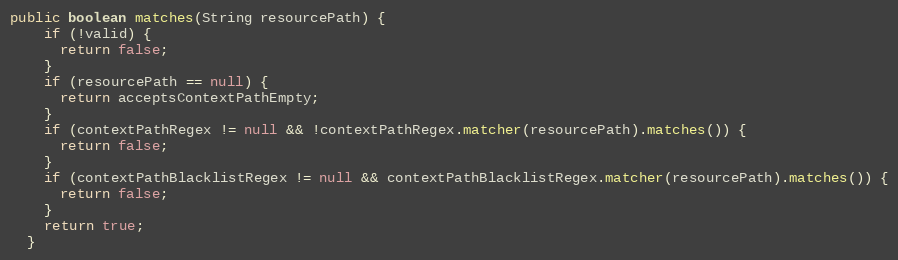
Language: Java
public boolean matches(String resourcePath) {
    if (!valid) {
      return false;
    }
    if (resourcePath == null) {
      return acceptsContextPathEmpty;
    }
    if (contextPathRegex != null && !contextPathRegex.matcher(resourcePath).matches()) {
      return false;
    }
    if (contextPathBlacklistRegex != null && contextPathBlacklistRegex.matcher(resourcePath).matches()) {
      return false;
    }
    return true;
  }